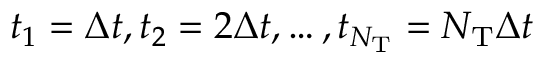
t _ { 1 } = \Delta t , t _ { 2 } = 2 \Delta t , \ldots , t _ { N _ { \mathrm { T } } } = N _ { \mathrm { T } } \Delta t